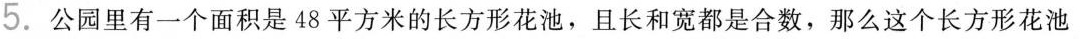
5.公园里有一个面积是48平方米的长方形花池，且长和宽都是合数，那么这个长方形花池